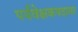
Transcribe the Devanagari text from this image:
पर्यवेक्षकपदावर